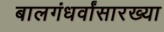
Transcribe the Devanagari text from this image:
बालगंधर्वांसारख्या